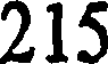
215